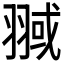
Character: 𦑌